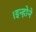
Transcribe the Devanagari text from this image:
।इन्होने